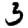
Digit: 3